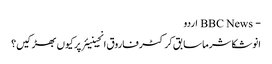
- BBC News اردو
انوشکا شرما سابق کرکٹر فاروق انجینیئر پر کیوں بھڑکیں؟